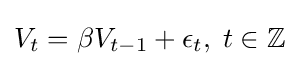
V_{t}=\beta V_{t-1}+\epsilon _{t},\;t\in \mathbb {Z}